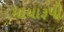
માયારૂપી